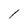
Character: 1